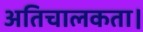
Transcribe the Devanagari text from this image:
अतिचालकता।